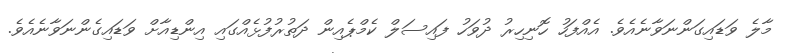
މާލެ ވަޑައިގަންނަވާނެއެވެ. އެއްފަހު ހޮނިހިރު ދުވަހު ފައިސަލް ކެމްޕެއިން ދަތުރުފުޅެއްގައި އިންޑިއާށް ވަޑައިގެންނަވާނެއެވެ.